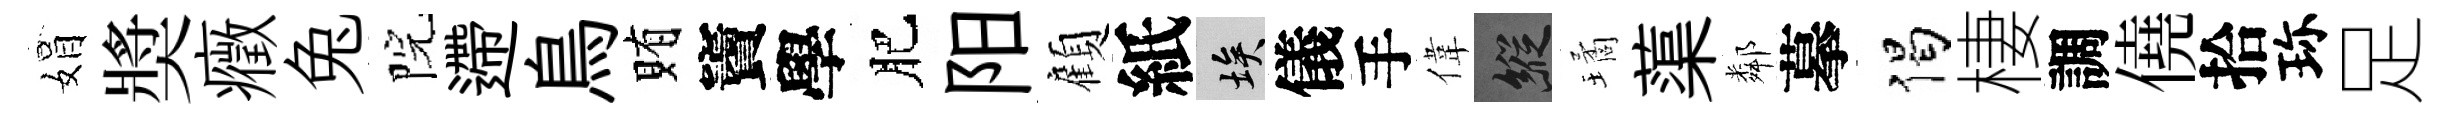
娟奬癥兔院遰鳥賄竇學肥阳顧紙埃儀手偉縱璚蕖鄰摹偈棲調僥拾珎足